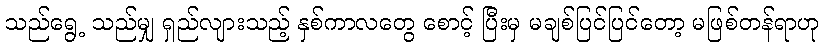
သည်ရွေ့ သည်မျှ ရှည်လျားသည့် နှစ်ကာလတွေ စောင့် ပြီးမှ မချစ်ပြင်ပြင်တော့ မဖြစ်တန်ရာဟု